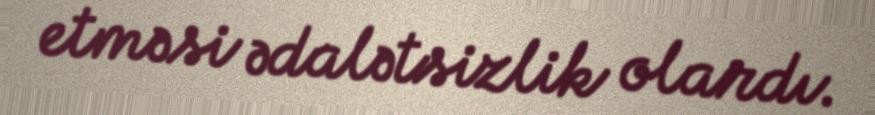
etməsi ədalətsizlik olardı.